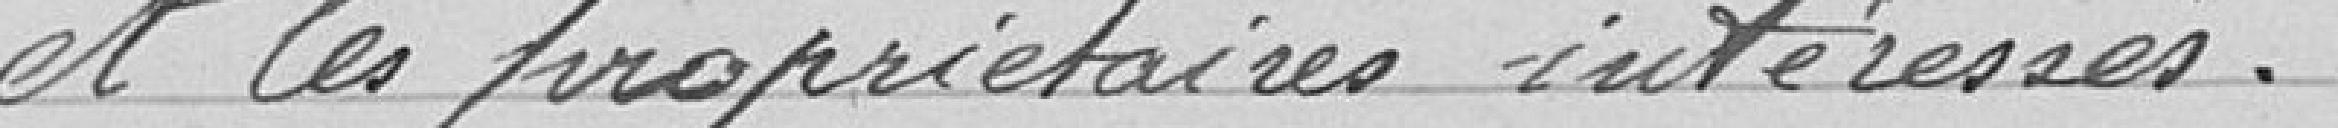
;et les propriétaires interessés